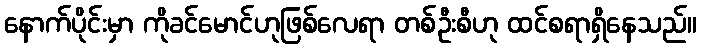
နောက်ပိုင်းမှာ ကိုခင်မောင်ဟုဖြစ်လေရာ တစ်ဦးစီဟု ထင်စရာရှိနေသည်။